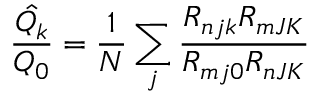
\hat { \frac { Q _ { k } } { Q _ { 0 } } } = \frac { 1 } { N } \sum _ { j } { \frac { R _ { n j k } R _ { m J K } } { R _ { m j 0 } R _ { n J K } } }